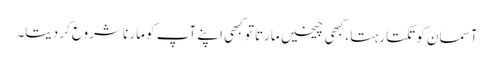
آسمان کو تکتا رہتا، کبھی چیخیں مارتا تو کبھی اپنے آپ کو مارنا شروع کر دیتا۔